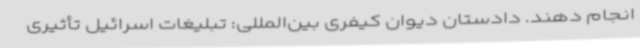
انجام دهند. دادستان دیوان کیفری بین‌المللی: تبلیغات اسرائیل تأثیری